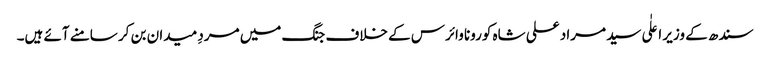
سندھ کے وزیر اعلٰی سید مراد علی شاہ کورونا وائرس کے خلاف جنگ میں مردِ میدان بن کر سامنے آئے ہیں۔